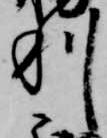
利